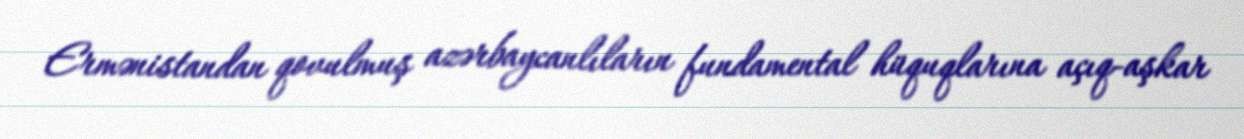
Ermənistandan qovulmuş azərbaycanlıların fundamental hüquqlarına açıq-aşkar